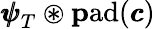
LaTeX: {\pmb{\psi}}_{T}\circledast\mathrm{\mathbf pad}({\pmb{c}})